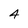
Character: 4